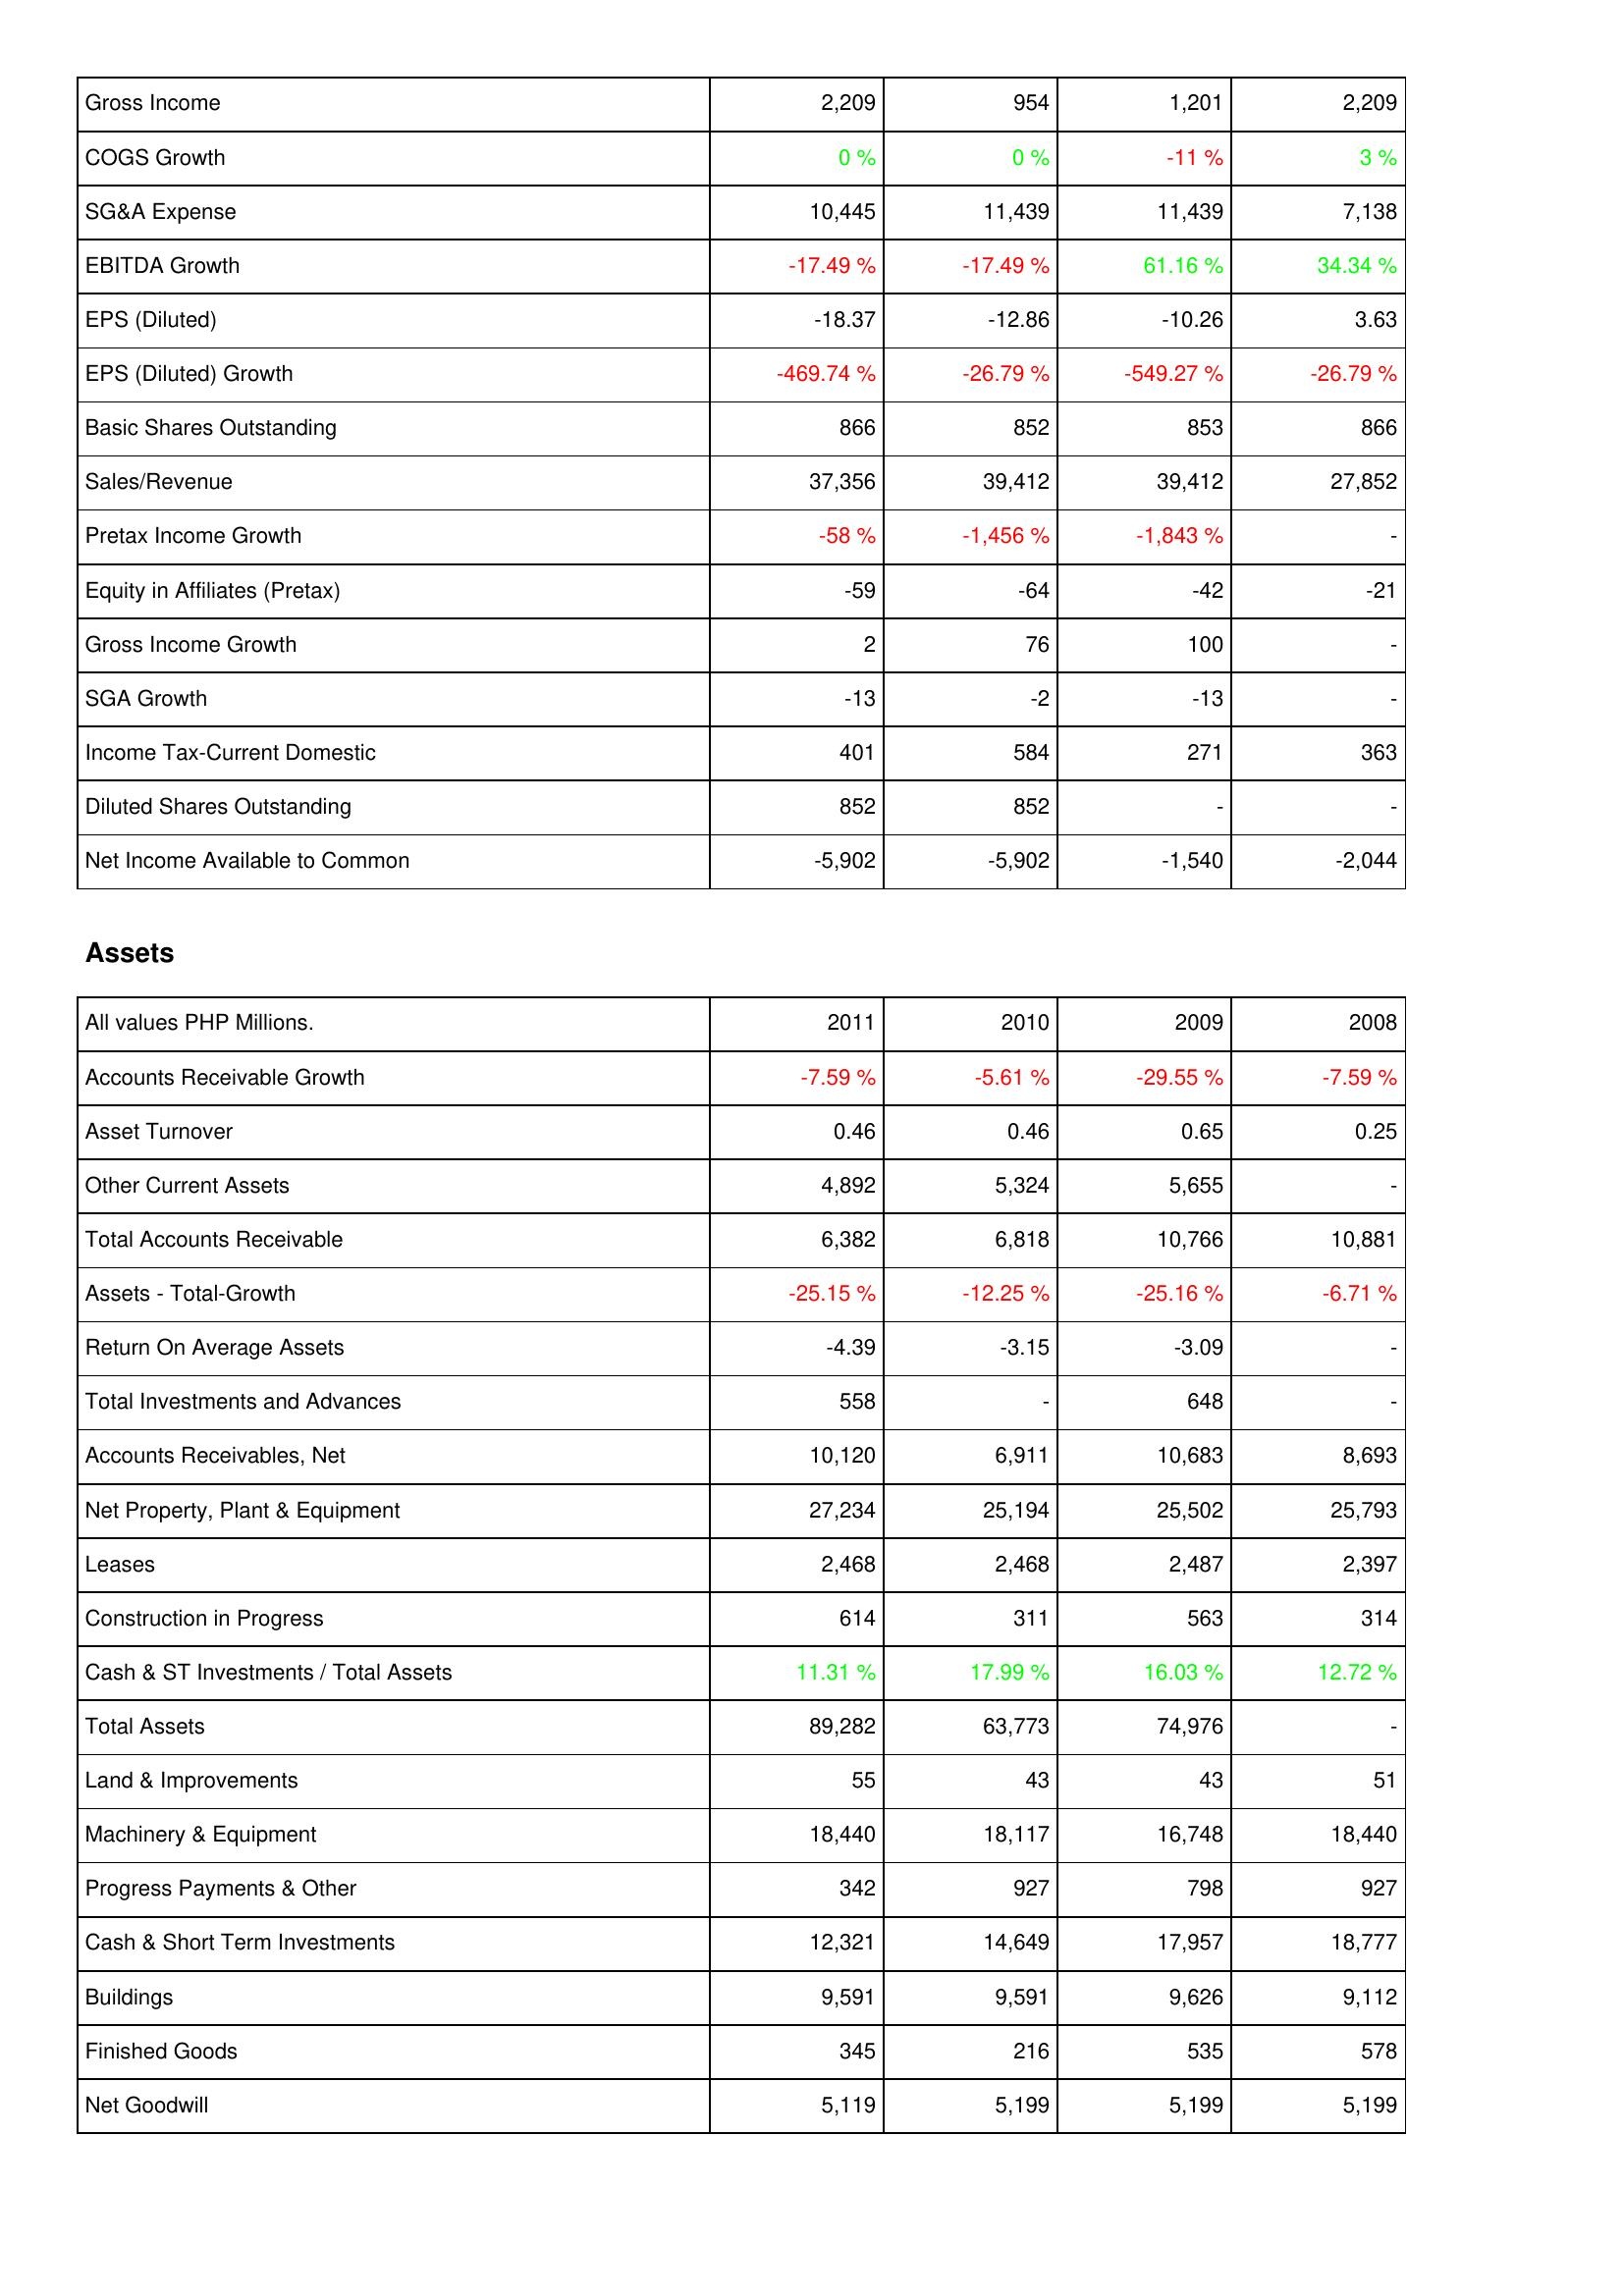
2011: Income Statement: Gross Income: 2,209
COGS Growth: 0 %
SG&A Expense: 10,445
EBITDA Growth: -17.49 %
EPS (Diluted): -18.37
EPS (Diluted) Growth: -469.74 %
Basic Shares Outstanding: 866
Sales/Revenue: 37,356
Pretax Income Growth: -58 %
Equity in Affiliates (Pretax): -59
Gross Income Growth: 2
SGA Growth: -13
Income Tax-Current Domestic: 401
Diluted Shares Outstanding: 852
Net Income Available to Common: -5,902
Assets: Accounts Receivable Growth: -7.59 %
Asset Turnover: 0.46
Other Current Assets: 4,892
Total Accounts Receivable: 6,382
Assets - Total-Growth: -25.15 %
Return On Average Assets: -4.39
Total Investments and Advances: 558
Accounts Receivables, Net: 10,120
Net Property, Plant & Equipment: 27,234
Leases: 2,468
Construction in Progress: 614
Cash & ST Investments / Total Assets: 11.31 %
Total Assets: 89,282
Land & Improvements: 55
Machinery & Equipment: 18,440
Progress Payments & Other: 342
Cash & Short Term Investments: 12,321
Buildings: 9,591
Finished Goods: 345
Net Goodwill: 5,119
2010: Income Statement: Gross Income: 954
COGS Growth: 0 %
SG&A Expense: 11,439
EBITDA Growth: -17.49 %
EPS (Diluted): -12.86
EPS (Diluted) Growth: -26.79 %
Basic Shares Outstanding: 852
Sales/Revenue: 39,412
Pretax Income Growth: -1,456 %
Equity in Affiliates (Pretax): -64
Gross Income Growth: 76
SGA Growth: -2
Income Tax-Current Domestic: 584
Diluted Shares Outstanding: 852
Net Income Available to Common: -5,902
Assets: Accounts Receivable Growth: -5.61 %
Asset Turnover: 0.46
Other Current Assets: 5,324
Total Accounts Receivable: 6,818
Assets - Total-Growth: -12.25 %
Return On Average Assets: -3.15
Total Investments and Advances: -
Accounts Receivables, Net: 6,911
Net Property, Plant & Equipment: 25,194
Leases: 2,468
Construction in Progress: 311
Cash & ST Investments / Total Assets: 17.99 %
Total Assets: 63,773
Land & Improvements: 43
Machinery & Equipment: 18,117
Progress Payments & Other: 927
Cash & Short Term Investments: 14,649
Buildings: 9,591
Finished Goods: 216
Net Goodwill: 5,199
2009: Income Statement: Gross Income: 1,201
COGS Growth: -11 %
SG&A Expense: 11,439
EBITDA Growth: 61.16 %
EPS (Diluted): -10.26
EPS (Diluted) Growth: -549.27 %
Basic Shares Outstanding: 853
Sales/Revenue: 39,412
Pretax Income Growth: -1,843 %
Equity in Affiliates (Pretax): -42
Gross Income Growth: 100
SGA Growth: -13
Income Tax-Current Domestic: 271
Diluted Shares Outstanding: -
Net Income Available to Common: -1,540
Assets: Accounts Receivable Growth: -29.55 %
Asset Turnover: 0.65
Other Current Assets: 5,655
Total Accounts Receivable: 10,766
Assets - Total-Growth: -25.16 %
Return On Average Assets: -3.09
Total Investments and Advances: 648
Accounts Receivables, Net: 10,683
Net Property, Plant & Equipment: 25,502
Leases: 2,487
Construction in Progress: 563
Cash & ST Investments / Total Assets: 16.03 %
Total Assets: 74,976
Land & Improvements: 43
Machinery & Equipment: 16,748
Progress Payments & Other: 798
Cash & Short Term Investments: 17,957
Buildings: 9,626
Finished Goods: 535
Net Goodwill: 5,199
2008: Income Statement: Gross Income: 2,209
COGS Growth: 3 %
SG&A Expense: 7,138
EBITDA Growth: 34.34 %
EPS (Diluted): 3.63
EPS (Diluted) Growth: -26.79 %
Basic Shares Outstanding: 866
Sales/Revenue: 27,852
Pretax Income Growth: -
Equity in Affiliates (Pretax): -21
Gross Income Growth: -
SGA Growth: -
Income Tax-Current Domestic: 363
Diluted Shares Outstanding: -
Net Income Available to Common: -2,044
Assets: Accounts Receivable Growth: -7.59 %
Asset Turnover: 0.25
Other Current Assets: -
Total Accounts Receivable: 10,881
Assets - Total-Growth: -6.71 %
Return On Average Assets: -
Total Investments and Advances: -
Accounts Receivables, Net: 8,693
Net Property, Plant & Equipment: 25,793
Leases: 2,397
Construction in Progress: 314
Cash & ST Investments / Total Assets: 12.72 %
Total Assets: -
Land & Improvements: 51
Machinery & Equipment: 18,440
Progress Payments & Other: 927
Cash & Short Term Investments: 18,777
Buildings: 9,112
Finished Goods: 578
Net Goodwill: 5,199